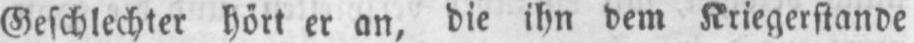
Geschlechter hört er an, die ihn dem Kriegerstande